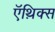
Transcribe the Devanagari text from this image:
ऍथ़िक्स